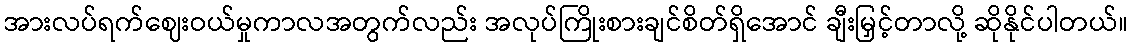
အားလပ်ရက်ဈေးဝယ်မှုကာလအတွက်လည်း အလုပ်ကြိုးစားချင်စိတ်ရှိအောင် ချီးမြှင့်တာလို့ ဆိုနိုင်ပါတယ်။